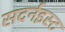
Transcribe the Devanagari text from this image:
सदर्नइस्ट